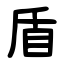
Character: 盾